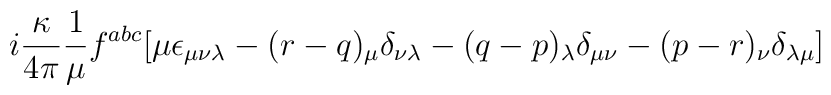
i\frac{\kappa}{4\pi} \frac{1}{\mu} f^{abc}       [\mu \epsilon_{\mu \nu \lambda}     - (r -q)_\mu \delta_{\nu \lambda} - (q-p)_\lambda \delta_{\mu \nu}              - (p-r)_\nu \delta_{\lambda \mu}]